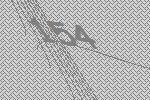
154